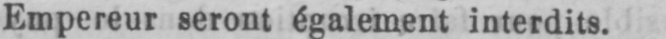
Empereur seront également interdits.